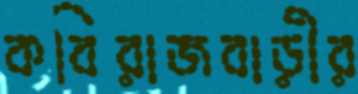
কবিরাজবাড়ীর